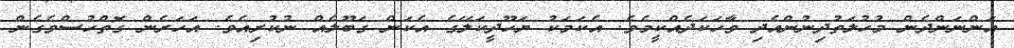
އަންނަންދެން މުހުލަތުދިނުންއެދި ވާހަކަދެއްކީމެވެ. އެކަމަކު ޔަހޫދީކަލޭގެ އެކަން ގަބޫލެއް ނުކުރިއެވެ. އަހަރެން ގޮތްހުސްވެގެން